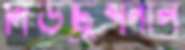
নিউট্রিশনাল